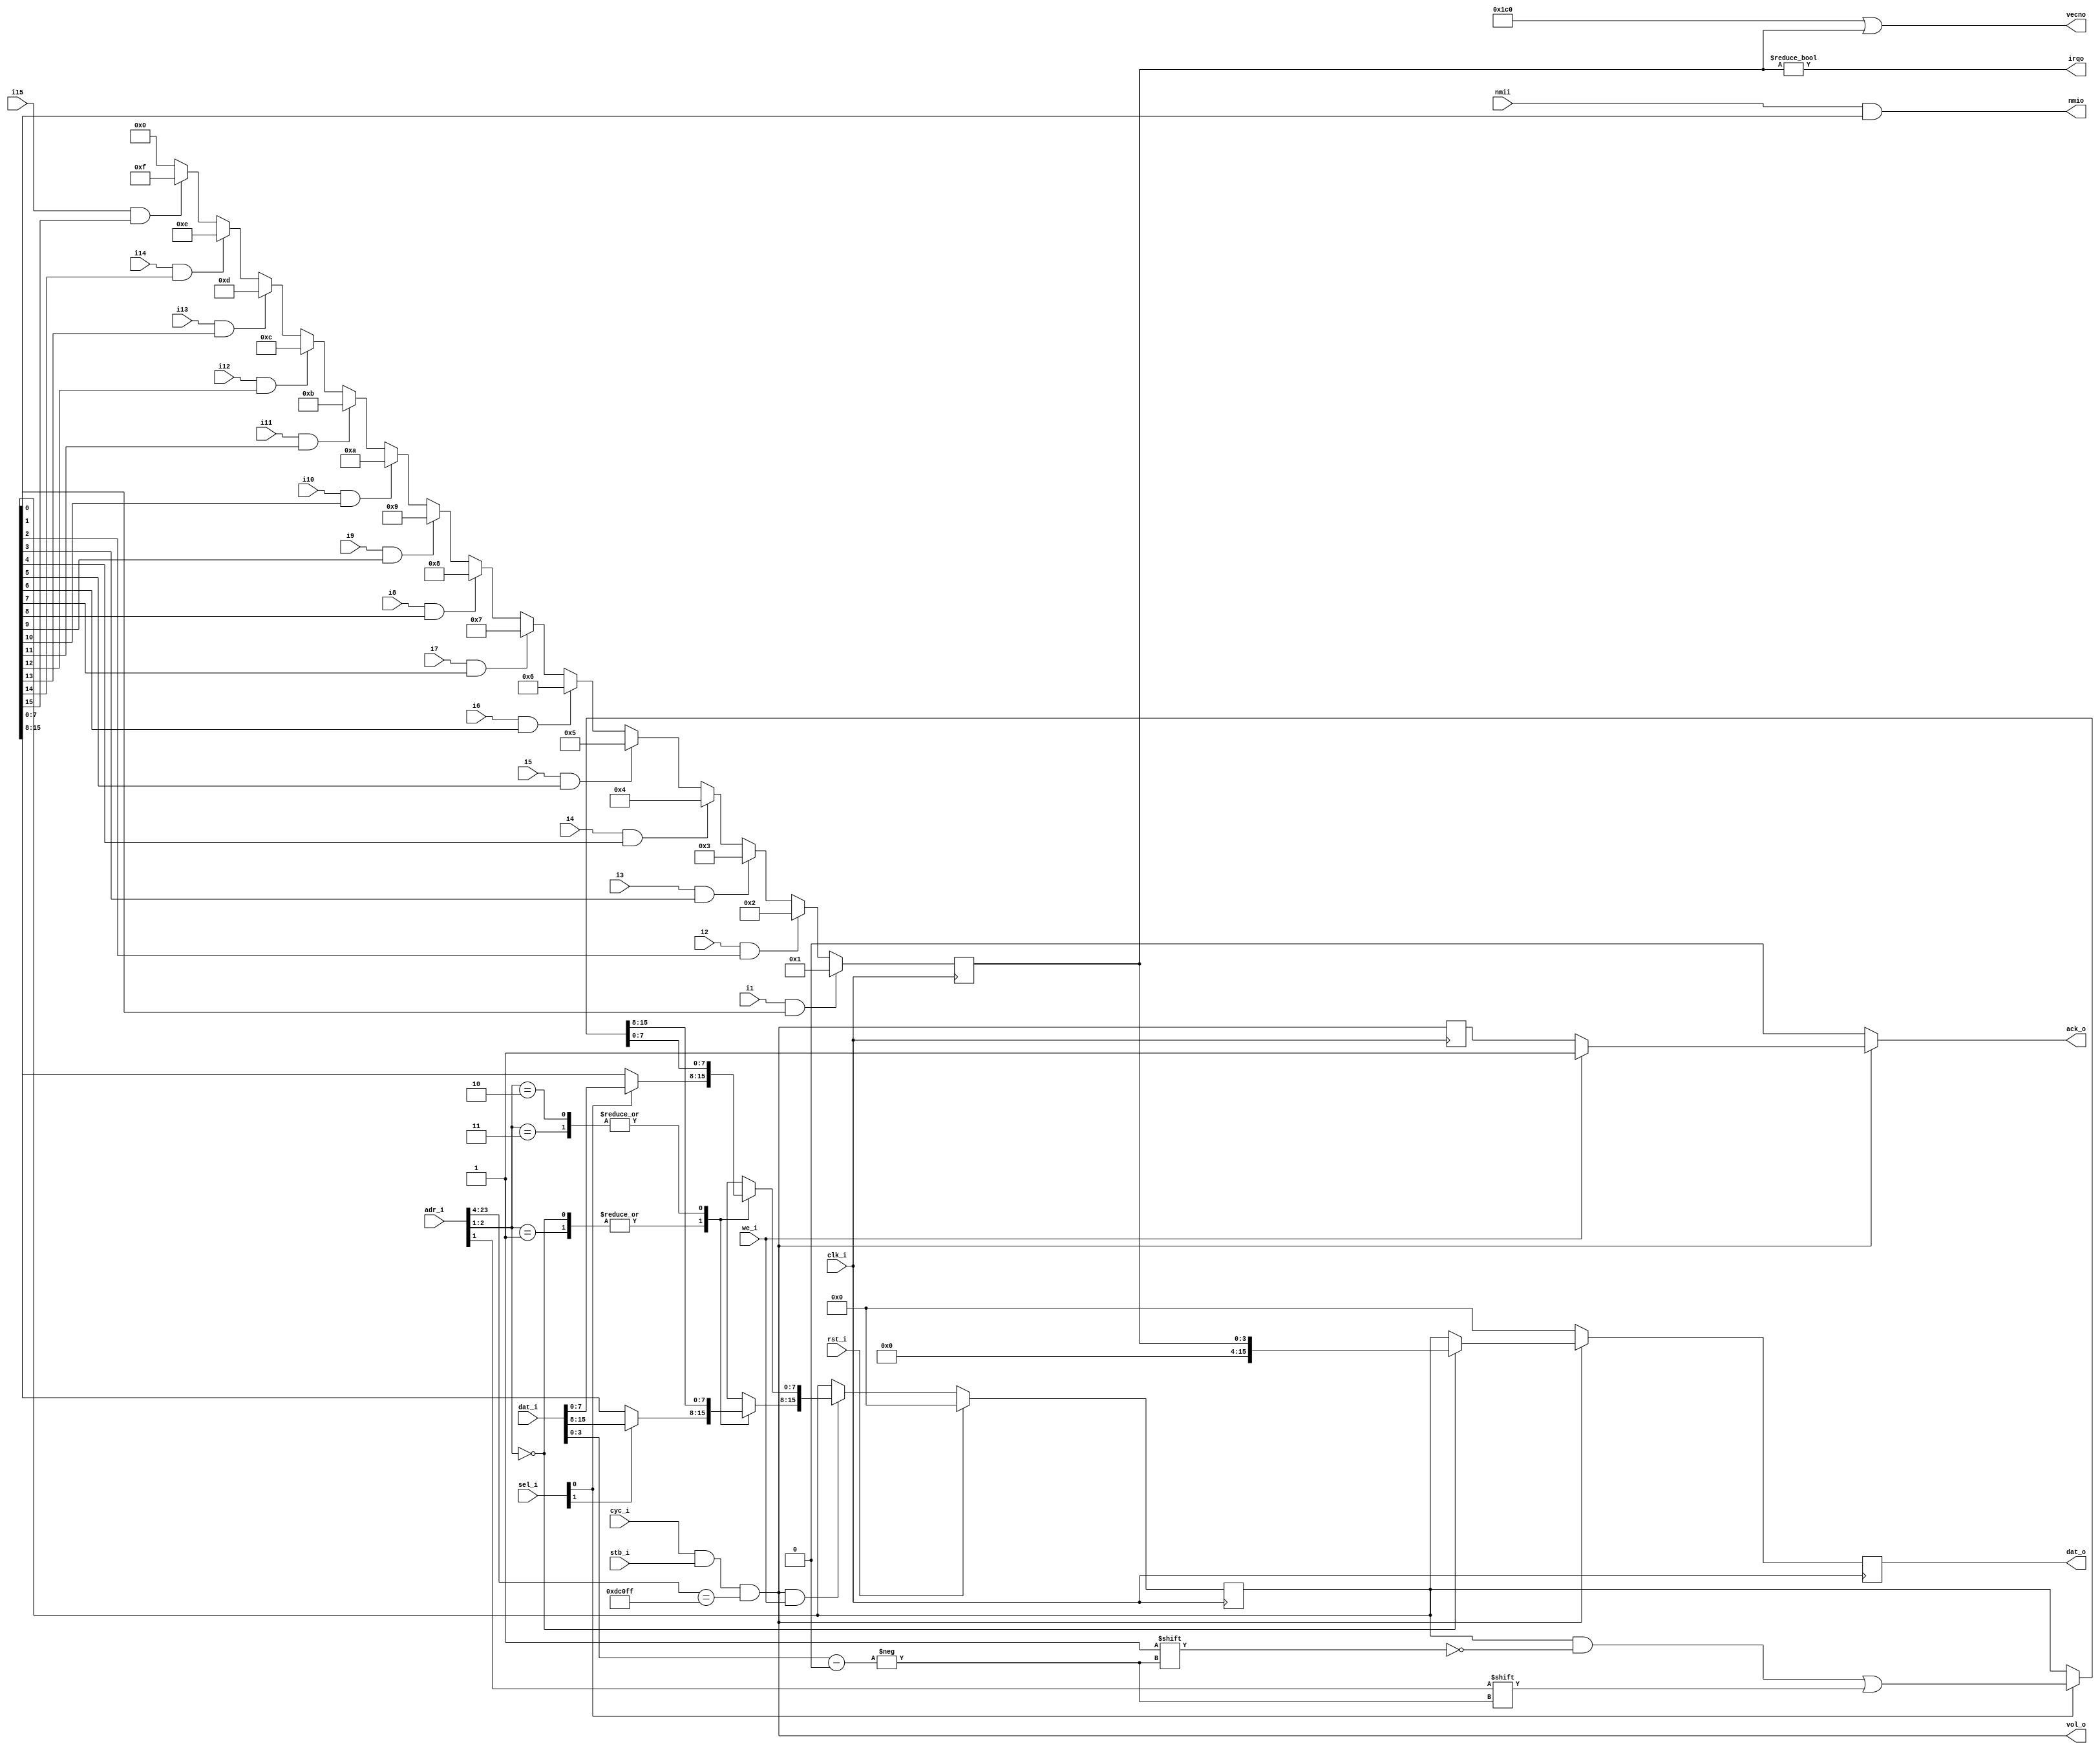
`timescale 1ns / 1ps
//=============================================================================
//	(C) 2005-2012  Robert Finch
//	All rights reserved.
//	robfinch@Opencores.org
//
//	RaptorPIC.v
//
//  
// This source file is free software: you can redistribute it and/or modify 
// it under the terms of the GNU Lesser General Public License as published 
// by the Free Software Foundation, either version 3 of the License, or     
// (at your option) any later version.                                      
//                                                                          
// This source file is distributed in the hope that it will be useful,      
// but WITHOUT ANY WARRANTY; without even the implied warranty of           
// MERCHANTABILITY or FITNESS FOR A PARTICULAR PURPOSE.  See the            
// GNU General Public License for more details.                             
//                                                                          
// You should have received a copy of the GNU General Public License        
// along with this program.  If not, see <http://www.gnu.org/licenses/>.    
//                                                                          
//
//		Encodes discrete interrupt request signals into four
//	bit code using a priority encoder.
//	
//	reg
//	0	- encoded request number (read only)
//			This register contains the number identifying
//			the current requester.
//			the actual number is shifted left three times
//			before being placed into this register so it may
//			be used directly as an index in OS software. The
//			index may be a mailbox id or index into a jump
//			table as desired by the OS. If there is no
//			active request, then this number will be 
//			zero.
//	1	- request enable (read / write)
//			this register contains request enable bits
//			for each request line. 1 = request
//			enabled, 0 = request disabled. On reset this
//			register is set to zero (disable all ints).
//			bit zero is specially reserved for nmi
//
//	2   - write only
//			this register disables the interrupt indicated
//			by the low order four bits of the input data
//			
//	3	- write only
//			this register enables the interrupt indicated
//			by the low order four bits of the input data
//
//	+- - - - - - - - - - - - - - - - - - - - - - - - - - - - - - - - - -
//	|WISHBONE Datasheet
//	|WISHBONE SoC Architecture Specification, Revision B.3
//	|
//	|Description:						Specifications:
//	+- - - - - - - - - - - - - - - - - - - - - - - - - - - - - - - - - -
//	|General Description:				simple programmable interrupt controller
//	+- - - - - - - - - - - - - - - - - - - - - - - - - - - - - - - - - -
//	|Supported Cycles:					SLAVE,READ/WRITE
//	|									SLAVE,BLOCK READ/WRITE
//	|									SLAVE,RMW
//	+- - - - - - - - - - - - - - - - - - - - - - - - - - - - - - - - - -
//	|Data port, size:					16 bit
//	|Data port, granularity:			16 bit
//	|Data port, maximum operand size:	16 bit
//	|Data transfer ordering:			Undefined
//	|Data transfer sequencing:			Undefined
//	+- - - - - - - - - - - - - - - - - - - - - - - - - - - - - - - - - -
//	|Clock frequency constraints:		none
//	+- - - - - - - - - - - - - - - - - - - - - - - - - - - - - - - - - -
//	|Supported signal list and			Signal Name		WISHBONE equiv.
//	|cross reference to equivalent		ack_o				ACK_O
//	|WISHBONE signals					adr_i(2:1)			ADR_I()
//	|									clk_i				CLK_I
//	|									dat_i(15:0)			DAT_I()
//	|									dat_o(15:0)			DAT_O()
//	|									cyc_i				CYC_I
//	|									stb_i				STB_I
//	|									we_i				WE_I
//	|
//	+- - - - - - - - - - - - - - - - - - - - - - - - - - - - - - - - - -
//	|Special requirements:
//	+- - - - - - - - - - - - - - - - - - - - - - - - - - - - - - - - - -
//
//	Spartan3-4
// 	105 LUTs / 58 slices / 163MHz
//=============================================================================

module RaptorPIC
(
	input rst_i,		// reset
	input clk_i,		// system clock
	input cyc_i,		// cycle valid
	input stb_i,		// strobe
	output ack_o,		// transfer acknowledge
	input we_i,			// write
	input [1:0] sel_i,	// byte select
	input [23:0] adr_i,	// address
	input [15:0] dat_i,
	output reg [15:0] dat_o,
	output vol_o,		// volatile register selected
	input i1, i2, i3, i4, i5, i6, i7,
		i8, i9, i10, i11, i12, i13, i14, i15,
	output irqo,	// normally connected to the processor irq
	input nmii,		// nmi input connected to nmi requester
	output nmio,	// normally connected to the nmi of cpu
	output [8:0] vecno
);
parameter pVECNO = 9'd448;

reg [15:0] ie;		// interrupt enable register
reg ack1;
reg [3:0] irqenc;

wire cs = cyc_i && stb_i && adr_i[23:4]==20'hDC_0FF;
assign vol_o = cs;

always @(posedge clk_i)
	ack1 <= cs;
assign ack_o = cs ? (we_i ? 1'b1 : ack1) : 1'b0;

// write registers	
always @(posedge clk_i)
	if (rst_i)
		ie <= 16'h0;
	else if (cs & we_i)
		case (adr_i[2:1])
		2'd0,2'd1:
			begin
				if (sel_i[0]) ie[ 7:0] <= dat_i[ 7:0];
				if (sel_i[1]) ie[15:8] <= dat_i[15:8];
			end
		2'd2,2'd3:
			if (sel_i[0]) ie[dat_i[3:0]] <= adr_i[1];
		endcase

// read registers
always @(posedge clk_i)
begin
	if (irqenc!=4'd0)
		$display("PIC: %d",irqenc);
	if (cs)
		case (adr_i[2:1])
		2'd0:	dat_o <= {12'b0,irqenc};
		default:	dat_o <= ie;
		endcase
	else
		dat_o <= 16'h0000;
end

assign irqo = irqenc != 4'h0;
assign nmio = nmii & ie[0];

// irq requests are latched on every clock edge to prevent
// misreads
// nmi is not encoded
always @(posedge clk_i)
	case (1'b1)
	i1&ie[1]:		irqenc <= 4'd1;
	i2&ie[2]:		irqenc <= 4'd2;
	i3&ie[3]: 		irqenc <= 4'd3;
	i4&ie[4]:		irqenc <= 4'd4;
	i5&ie[5]: 		irqenc <= 4'd5;
	i6&ie[6]:		irqenc <= 4'd6;
	i7&ie[7]:		irqenc <= 4'd7;
	i8&ie[8]:		irqenc <= 4'd8;
	i9&ie[9]:		irqenc <= 4'd9;
	i10&ie[10]: 	irqenc <= 4'd10;
	i11&ie[11]:		irqenc <= 4'd11;
	i12&ie[12]:		irqenc <= 4'd12;
	i13&ie[13]:		irqenc <= 4'd13;
	i14&ie[14]:		irqenc <= 4'd14;
	i15&ie[15]:		irqenc <= 4'd15;
	default:	irqenc <= 4'd0;
	endcase

assign vecno = pVECNO|irqenc;

endmodule